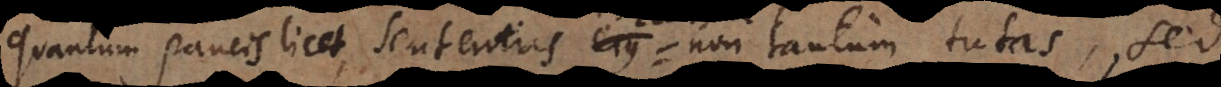
quantum paucis licet, sententias Ecclesiae non tantum tutas, sed